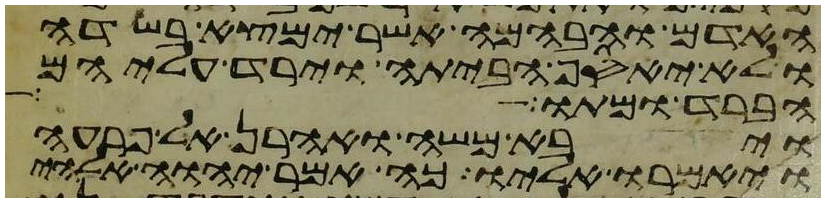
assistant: האדם והבהמה אשר ימצא בשדה
ולא יאסף הביתה וירד עליהם
הברד ומתו
ויבא משה ואהרן אל פרעה
ויאמרו אליו כה אמר יהוה אלהי